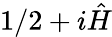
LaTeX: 1/2+i{\hat{H}}